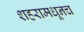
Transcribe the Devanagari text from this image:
शहरामधूनच